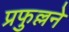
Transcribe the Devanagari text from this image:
प्रफुल्लने